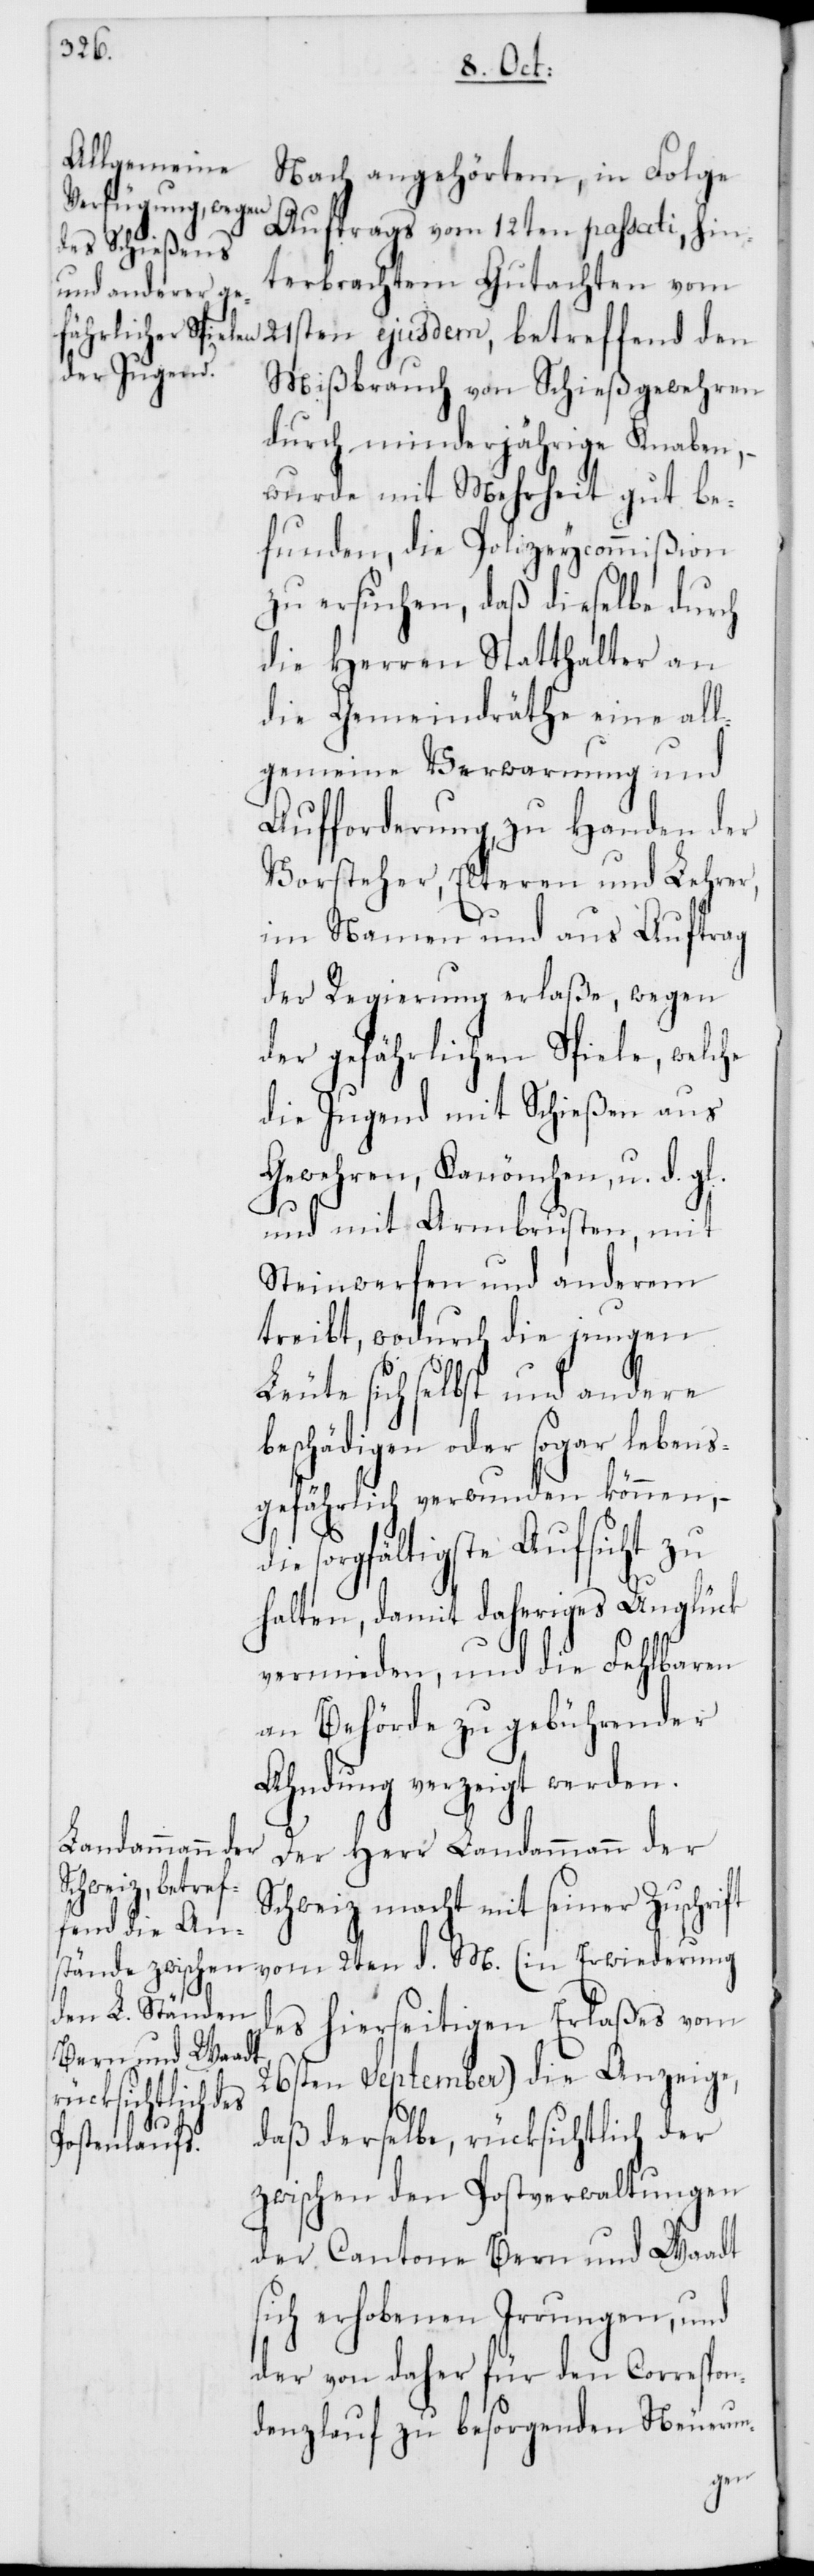
Nach angehörtem, in Folge
Auftrags vom 12ten passati, hin¬
terbrachtem Gutachten vom
Mißbrauch von Schießgewehren
durch minderjährige Knaben, –
wurde mit Mehrheit gut be¬
funden, die Polizeycommißion
zu ersuchen, daß dieselbe durch
die Herren Statthalter an
die Gemeindräthe eine all¬
gemeine Verwarnung und
Aufforderung zu Handen der
Vorsteher, Elteren und Lehrer,
im Namen und aus Auftrag
der Regierung erlaße, wegen
der gefährlichen Spiele, welche
die Jugend mit Schießen aus
Gewehren, Kanönchen, u. d. gl.
und mit Armbrusten, mit
Steinwerfen und anderem
treibt, wodurch die jungen
Leute sich selbst und andere
beschädigen oder sogar lebens¬
gefährlich verwunden können, –
sorgfältigste Aufsicht zu
halten, damit daheriges Unglück
vermieden, und die Fehlbaren
an Behörde zu gebührender
Ahndung verzeigt werden.
Der Herr Landammannn der
Schweiz macht mit seiner Zuschrift
vom 2ten d. M. (in Erwiderung
des hierseitigen Erlaßes vom
26sten September) die Anzeige,
daß derselbe rücksichtlich der
zwischen den Postverwaltungen
der Cantone Bern und Waadt
sich erhobenen Irrungen, und
der von daher für den Correspon¬
denzlauf zu besorgenden Neuerun-
den